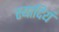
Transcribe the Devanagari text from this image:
स्यादियं